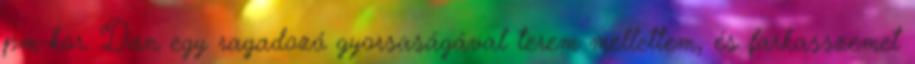
pm-kor. Dan egy ragadozó gyorsaságával terem mellettem, és farkasszemet